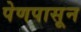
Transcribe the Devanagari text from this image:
पेणपासून